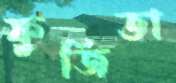
ফুজিতা